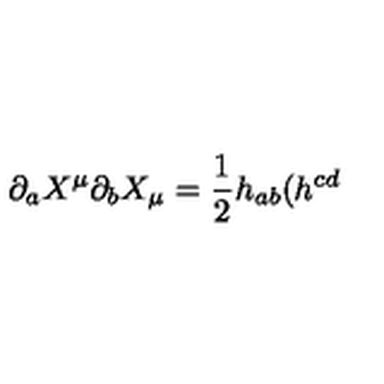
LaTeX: \partial _ { a } X ^ { \mu } \partial _ { b } X _ { \mu } = \frac { 1 } { 2 } h _ { a b } ( h ^ { c d }